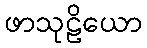
ဖာသုဠိယော